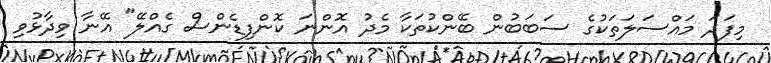
މިފަދަ މައްސަލަތަކުގެ ސަބަބުން ބޭންކުތަކާ މެދު އޮންނަ ކޮންފިޑެންސް ގެއްލޭ" އޭނާ ވިދާޅުވި